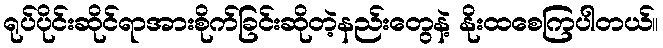
ရုပ်ပိုင်းဆိုင်ရာအားစိုက်ခြင်းဆိုတဲ့နည်းတွေနဲ့ နိုးထစေကြပါတယ်။